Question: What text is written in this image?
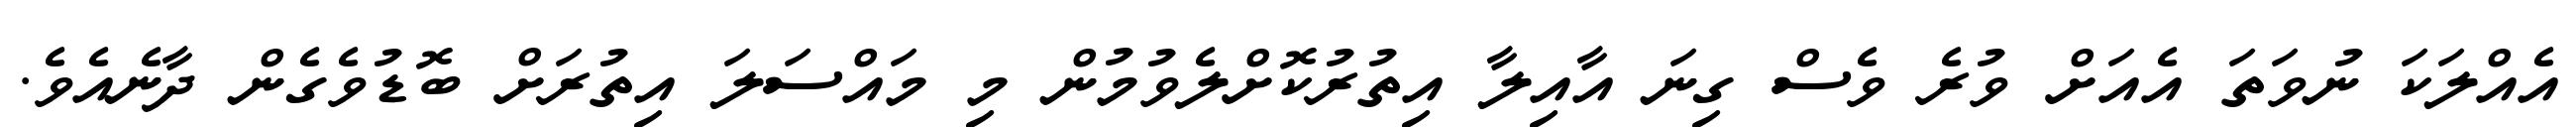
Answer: އެއްލަކަ ނުވަތަ އެއަށް ވުރެ ވެސް ގިނަ އާއިލާ އިތުރުކޮށްލެވުމުން މި މައްސަލަ އިތުރަށް ބޮޑުވެގެން ދާނެއެވެ.